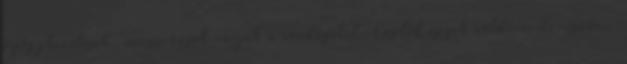
gyógykezelések, masszázsok várják a vendégeket. Cegléd egyik zöldövezeti részén,